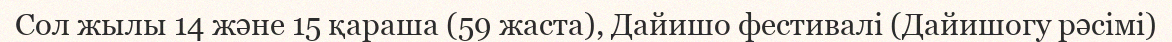
Сол жылы 14 және 15 қараша (59 жаста), Дайишо фестивалі (Дайишогу рәсімі)